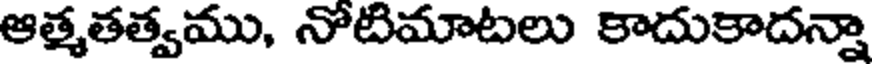
ఆత్మతత్వము, నోటిమాటలు కాదుకాదన్నా